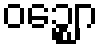
ဝဉ္ဈော